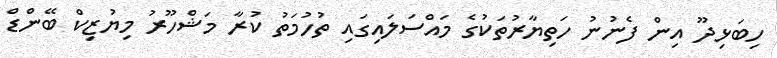
ހިބަޅިދޫ އިން ފެނުނު ހަތިޔާރުތަކުގެ މައްސަލައިގައި ތުހުމަތު ކުރާ މަޝްހޫރު މިޔުޒިކް ބޭންޑް